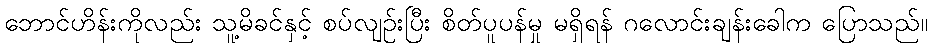
ဘောင်ဟိန်းကိုလည်း သူ့မိခင်နှင့် စပ်လျဉ်းပြီး စိတ်ပူပန်မှု မရှိရန် ဂလောင်းချန်းခေါက ပြောသည်။